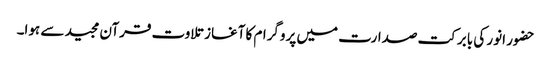
حضور انور کی بابرکت صدارت میں پروگرام کا آغاز تلاوت قرآن مجید سے ہوا۔